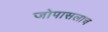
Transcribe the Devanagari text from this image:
जोपासलाच